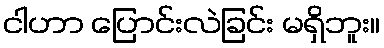
ငါဟာ ပြောင်းလဲခြင်း မရှိဘူး။